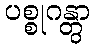
ပစ္စုဂန္တွာ